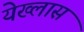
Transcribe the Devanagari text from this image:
येख्लास